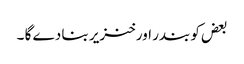
بعض کو بندر اور خنزیر بنا دے گا ۔